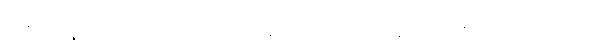
ဆီးရီးယားနိုင်ငံ အလက်ပိုအရှေ့ပိုင်းမှ သူပုန်များနဲ့ အရပ်သား ရွှေ့ပြောင်းနေမှု ရပ်ဆိုင်းလိုက်ပြီလို့